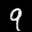
Label: 9